Indian journal of veterinary science and animal husbandry - Volumes 22-23, 1952-1953
Year: 1952
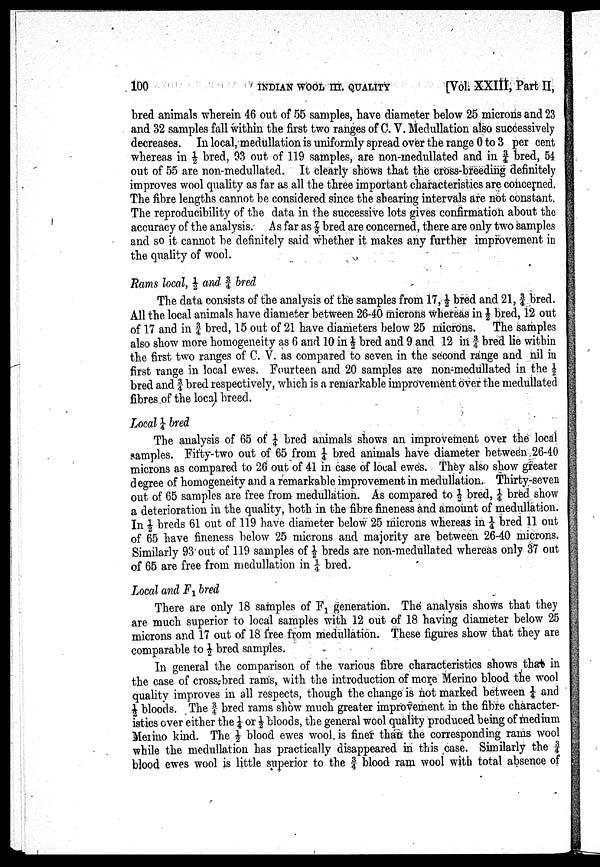
100
INDIAN WOOL III. QUALITY
[Vol: XXIII, Part II,
bred animals wherein 46 out of 55 samples, have diameter below 25 microns and 23
and 32 samples fall within the first two ranges of C. V. Medullation also successively
decreases. In local, medullation is uniformly spread over the range 0 to 3 per cent
whereas in ½ bred, 93 out of 119 samples, are non-medullated and in 3 / 4 bred, 54
out of 55 are non-medullated. It clearly shows that the cross-breeding definitely
improves wool quality as far as all the three important characteristics are concerned.
The fibre lengths cannot be considered since the shearing intervals are not constant.
The reproducibility of the data in the successive lots gives confirmation about the
accuracy of the analysis. As far as ⅞ bred are concerned, there are only two samples
and so it cannot be definitely said whether it makes any further improvement in
the quality of wool.
Rams local, ½ and 3 / 4 bred
The data consists of the analysis of the samples from 17, ½ bred and 21, 3 / 4 bred.
All the local animals have diameter between 26-40 microns whereas in ½ bred, 12 out
of 17 and in 3 / 4 bred, 15 out of 21 have diameters below 25 microns. The samples
also show more homogeneity as 6 and 10 in ½ bred and 9 and 12 in 3 / 4 bred lie within
the first two ranges of C. V. as compared to seven in the second range and nil in
first range in local ewes. Fourteen and 20 samples are non-medullated in the ½
bred and 3 / 4 bred respectively, which is a remarkable improvement over the medullated
fibres of the local breed.
Local ¼ bred
The analysis of 65 of ¼ bred animals shows an improvement over the local
samples. Fifty-two out of 65 from¼bred animals have diameter between. 26-40
microns as compared to 26 out of 41 in case of local ewes, They also show greater
degree of homogeneity and a remarkable improvement in medullation. Thirty-seven
out of 65 samples are free from medullation. As compared to ½ bred,¼bred show
a deterioration in the quality, both in the fibre fineness and amount of medullation.
In ½ breds 61 out of 119 have diameter below 25 microns whereas in J bred 11 out
of 65 have fineness below 25 microns and majority are between 26-40 microns.
Similarly 93 out of 119 samples of ½ breds are non-medullated whereas only 37 out
of 65 are free from medullation in ¼ bred.
Local and F 1 bred
There are only 18 samples of F 1 generation. The analysis shows that they
are much superior to local samples with 12 out of 18 having diameter below 25
microns and 17 out of 18 free from medullation. These figures show that they are
comparable to ½ bred samples.
In general the comparison of the various fibre characteristics shows that in
the case of cross-bred rams, with the introduction of more Merino blood the wool
quality improves in all respects, though the change is not marked between ¼ and
½ bloods. The 3 / 4 bred rams show much greater improvement in the fibre character
istics over either the ¼ or ½ bloods, the general wool quality produced being of medium
Merino kind. The ½ blood ewes wool is finer than the corresponding rams wool
while the medullation has practically disappeared in this case. Similarly the 3 / 4
blood ewes wool is little superior to the § blood ram wool with total absence of